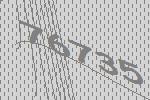
76735